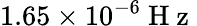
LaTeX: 1.65\times 10^{-6}\mathrm{~H~z~}